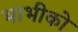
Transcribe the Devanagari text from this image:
भाभीको